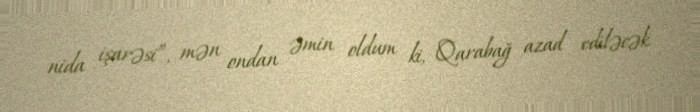
nida işarəsi”, mən ondan əmin oldum ki, Qarabağ azad ediləcək.